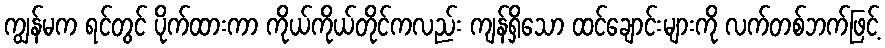
ကျွန်မက ရင်တွင် ပိုက်ထားကာ ကိုယ်ကိုယ်တိုင်ကလည်း ကျန်ရှိသော ထင်ချောင်းများကို လက်တစ်ဘက်ဖြင့်